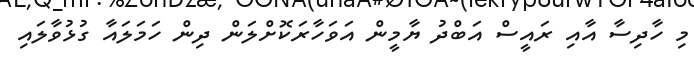
މި ހާދިސާ އާއި ރައީސް އަބްދު ޔާމީން އަވަހާރަކޮށްލަން ދިން ހަމަލައާ ގުޅުވާލައި